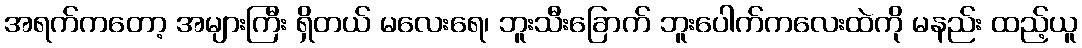
အရက်ကတော့ အများကြီး ရှိတယ် မလေးရေ၊ ဘူးသီးခြောက် ဘူးပေါက်ကလေးထဲကို မနည်း ထည့်ယူ